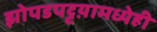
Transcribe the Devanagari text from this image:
झोपडपट्टय़ामध्येही